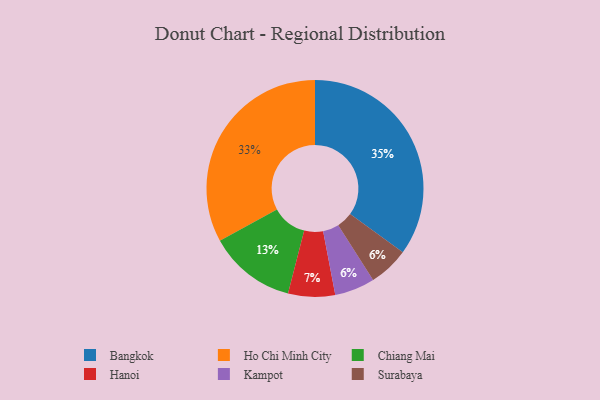
{"axis": {"x": "Category", "y": "Percentage"}, "legend": ["Bangkok", "Chiang Mai", "Hanoi", "Ho Chi Minh City", "Kampot", "Surabaya"], "data": [{"x": "Chiang Mai", "y": 13, "type": "Chiang Mai"}, {"x": "Bangkok", "y": 35, "type": "Bangkok"}, {"x": "Hanoi", "y": 7, "type": "Hanoi"}, {"x": "Ho Chi Minh City", "y": 33, "type": "Ho Chi Minh City"}, {"x": "Kampot", "y": 6, "type": "Kampot"}, {"x": "Surabaya", "y": 6, "type": "Surabaya"}]}